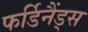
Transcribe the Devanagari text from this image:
फर्डिनैंड्स